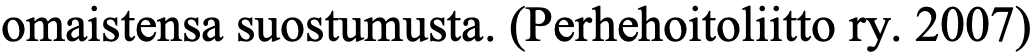
omaistensa suostumusta. (Perhehoitoliitto ry. 2007)